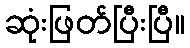
ဆုံးဖြတ်ပြီးပြီ။